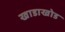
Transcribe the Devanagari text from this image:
खाडाखोड